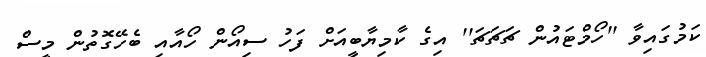
ކަމުގައިވާ ''ހޯމްޓައުން ޗަޗަޗަ'' އިގެ ކާމިޔާބީއަށް ފަހު ސިއޯން ހޯއާއި ބެހޭގޮތުން މީސް